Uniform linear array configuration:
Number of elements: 16
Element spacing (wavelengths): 0.5
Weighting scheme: binomial
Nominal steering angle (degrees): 30
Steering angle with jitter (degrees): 28.882
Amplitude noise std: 0.05
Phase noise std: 0.05

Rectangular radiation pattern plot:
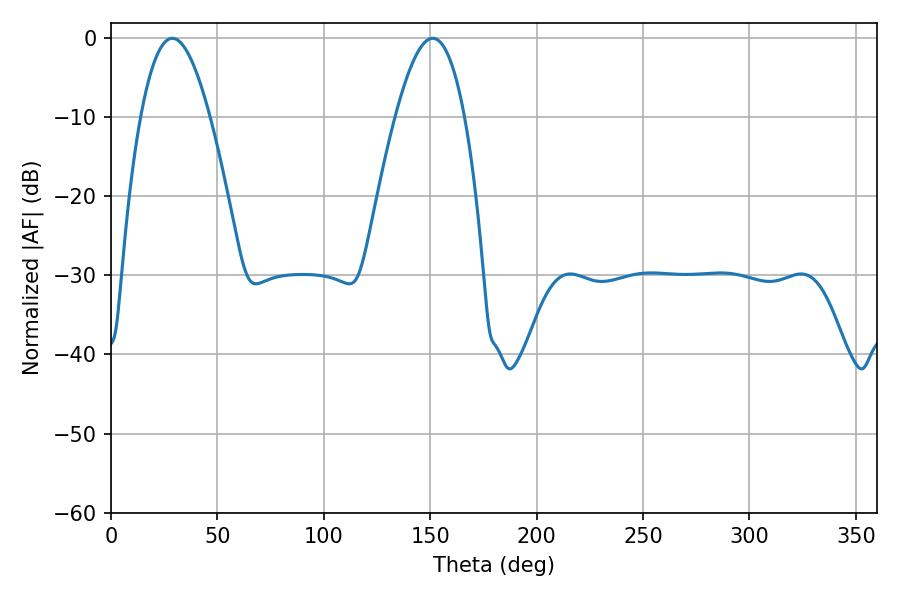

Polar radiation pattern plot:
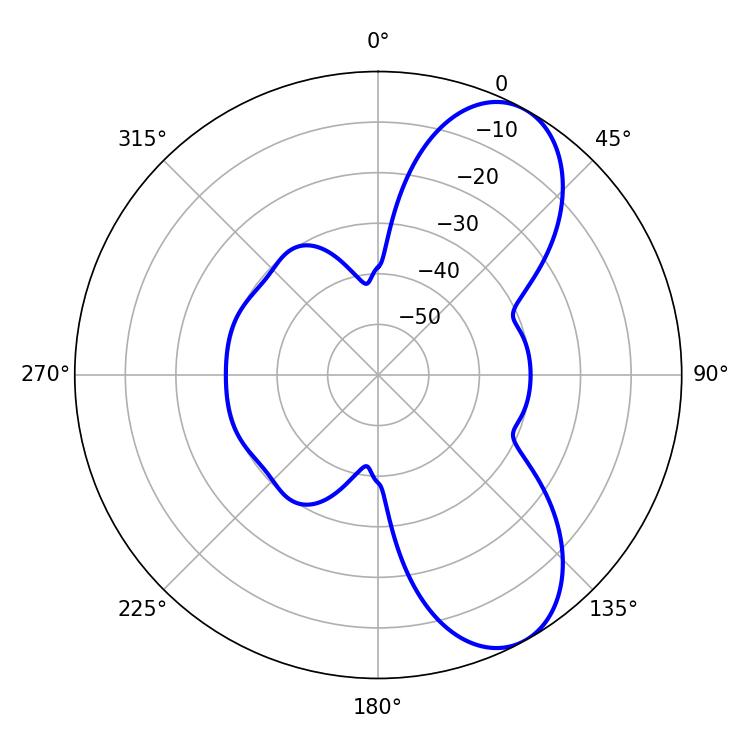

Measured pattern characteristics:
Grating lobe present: FALSE
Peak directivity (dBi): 7.873
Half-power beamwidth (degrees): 17.82
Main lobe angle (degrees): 28.8